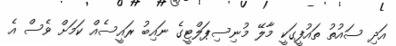
އަދި ސައުތު ތައުފީގަކީ މާލޭ މުނިސިޕަލްޓީގެ ނައިބު ރައީސެއް ކަމަށް ވެސް އެ